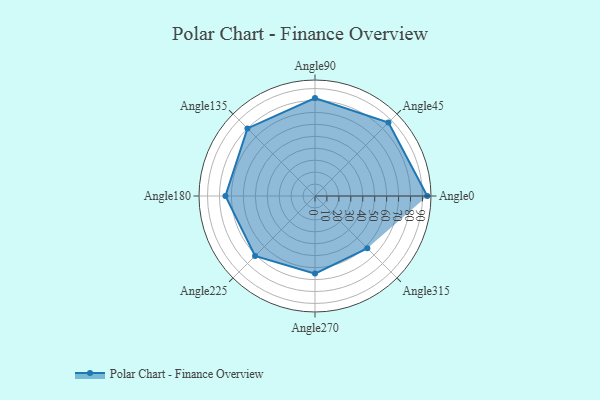
{"axis": {"x": "Angle", "y": "Radius"}, "legend": [""], "data": [{"x": "Angle0", "y": 94.0, "type": ""}, {"x": "Angle45", "y": 87.0, "type": ""}, {"x": "Angle90", "y": 82.0, "type": ""}, {"x": "Angle135", "y": 80.0, "type": ""}, {"x": "Angle180", "y": 75.0, "type": ""}, {"x": "Angle225", "y": 71.0, "type": ""}, {"x": "Angle270", "y": 65.0, "type": ""}, {"x": "Angle315", "y": 62.0, "type": ""}]}